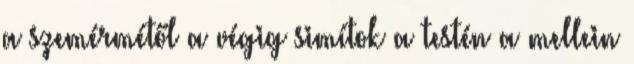
a szemérmétől a végig simítok a testén a mellein